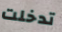
تدخلت